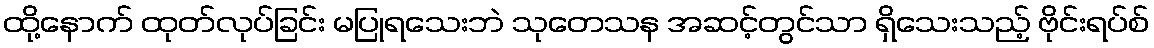
ထို့နောက် ထုတ်လုပ်ခြင်း မပြုရသေးဘဲ သုတေသန အဆင့်တွင်သာ ရှိသေးသည့် ဗိုင်းရပ်စ်